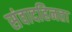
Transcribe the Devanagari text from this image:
संवादहिनता